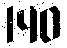
140